system: You are a helpful assistant.
user:
Analyze the provided spectrum to determine if it is a **M-type Giant (gM)**.

A M-type Giant spectrum is defined by its **strong molecular absorption** features, particularly from **Titanium Oxide (TiO)**. You must check for one of the following mutually exclusive signatures:

- **Key Visual Indicators (Absorption-Dominated Spectrum):**

    - **(Primary):** The spectrum is dominated by strong molecular absorption from **Titanium Oxide (TiO)**. This is the **defining feature** of its M-type temperature class.
        - **(Key Bandheads):** Look for sharp, "saw-tooth" absorption valleys. The strongest are located near **~7050 Å**, **~6160 Å**, and **~5170 Å**.
        - **(Line Profile):** The "saw-tooth" morphology is critical: a **sharp, steep drop on the BLUE (short-wavelength) side** of the bandhead, followed by a gradual recovery (rising flux) towards the RED (long-wavelength) side.

    - **(Key Confirmation - Giant vs. Dwarf):** **ABSENCE** of strong **Calcium Hydride (CaH)** molecular bands. This is the primary diagnostic for *excluding* M-dwarfs.
        - **(Key Region):** The spectrum should lack the strong, broad absorption band seen in dwarfs between **~6800 Å and ~7000 Å**.

    - **(Secondary Confirmation - Giant):** A very strong and broad **Neutral Calcium (Ca I)** atomic absorption line.
        - **(Key Line):** Located at **~4226 Å**. In a giant (gM), this line is significantly deeper and broader than the same line in an M-dwarf (dM) due to low surface gravity.

    - **(Overall Spectrum):**
        - The continuum is **extremely red-sloping** (i.e., flux is very low in the blue and rises dramatically towards the red).
        - The entire spectrum appears "chopped up" by the deep TiO bands.

Think first, call **spectral_visualization_tool** if needed to examine features in detail, then provide your final answer. Your response must adhere to the following strict rules:
1.  **Overall Structure:** Your response must follow the format `<think>...</think> <tool_call>...</tool_call> (if a tool is used) <answer>...</answer>`.
2.  **Tool Usage Constraint:** You may only make **one** tool call per turn.
3.  **Final Answer Format:** In the `<answer>` tag, your conclusion must be inside a `\boxed{}` command (e.g., `\boxed{YES}` or `\boxed{NO}`), followed by your justification.

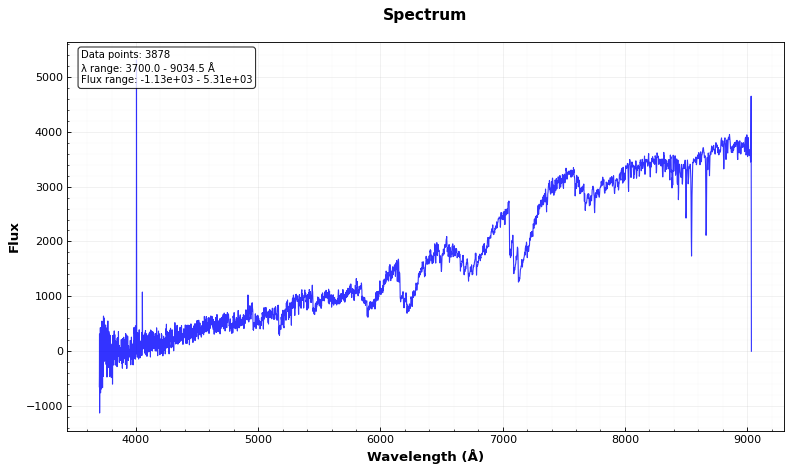
Answer: YES